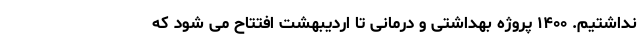
نداشتیم. ۱۴۰۰ پروژه بهداشتی و درمانی تا اردیبهشت افتتاح می شود که